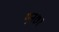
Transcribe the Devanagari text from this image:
एन७१